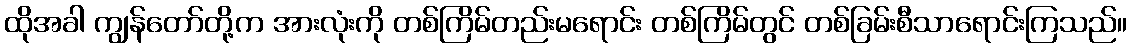
ထိုအခါ ကျွန်တော်တို့က အားလုံးကို တစ်ကြိမ်တည်းမရောင်း တစ်ကြိမ်တွင် တစ်ခြမ်းစီသာရောင်းကြသည်။